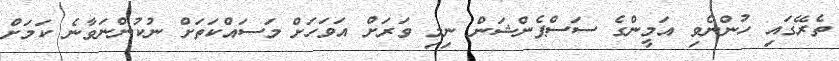
ތެރޭގައި ހުންނެވި އަމީންގެ ސަސްޕެންޝަން ނިމި ވަރަށް އަވަހަށް މަސައްކަތަށް ނުކުންނަވާނެ ކަމަށް